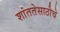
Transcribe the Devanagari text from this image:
शांततेसाठीचे